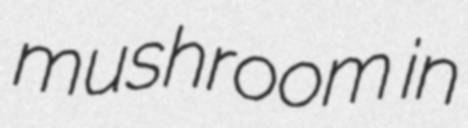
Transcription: mushroom in